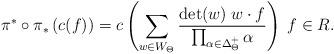
LaTeX: \begin{align*} \pi^{*} \circ \pi_{*} \, (c(f)) = c \left ( \sum_{w \in W_{\Theta}} \dfrac{\det (w) \; w \cdot f }{ \prod_{\alpha \in \Delta^{+}_{\Theta}} \alpha } \right ) \; f \in R. \end{align*}